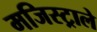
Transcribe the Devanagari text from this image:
मजिस्ट्राले